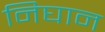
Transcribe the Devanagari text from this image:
निघान